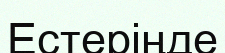
Естеріңде